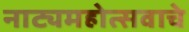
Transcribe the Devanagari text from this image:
नाट्यमहोत्सवाचे